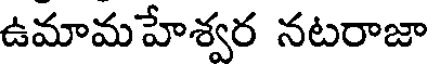
ఉమామహేశ్వర నటరాజా